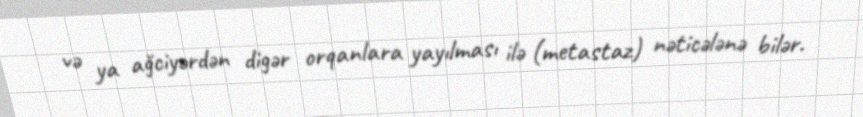
və ya ağciyərdən digər orqanlara yayılması ilə (metastaz) nəticələnə bilər.